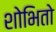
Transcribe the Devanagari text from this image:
शोभितो